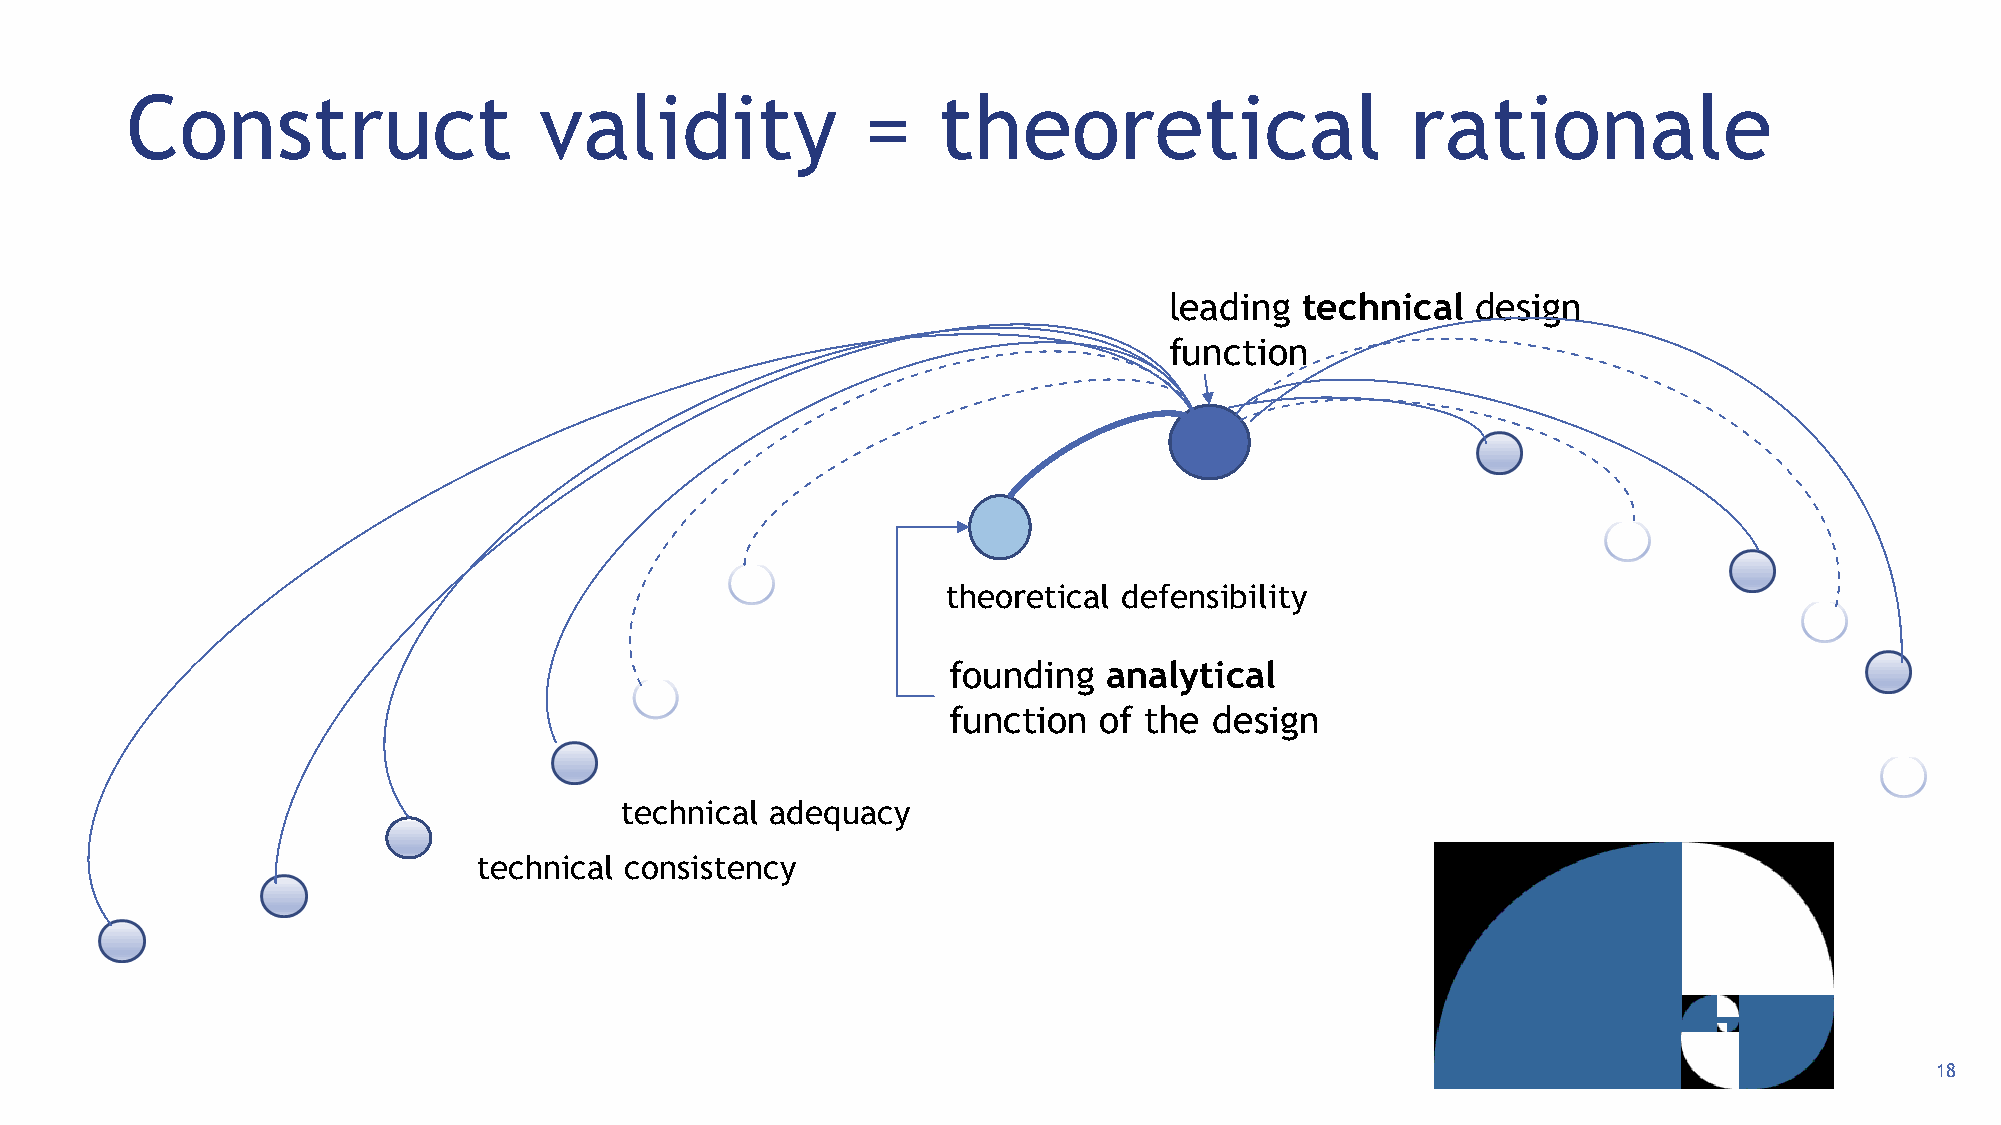
Construct                   validity             =    theoretical                    rationale
 leading  technical   design
 function
 theoretical defensibility
 founding  analytical
 function  of the design
 technical adequacy
 technical consistency
 18